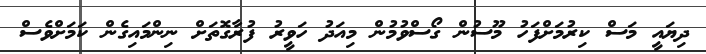
ދިޔައީ މަސް ކިރުމަށްފަހު މޫސުން ގޯސްވުމުން މިއަދު ހަވީރު ފުރާގޮތަށް ނިންމައިގެން ކަމަށްވެސް